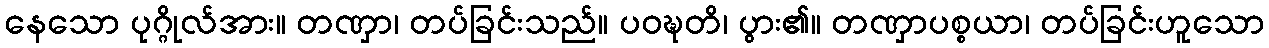
နေသော ပုဂ္ဂိုလ်အား။ တဏှာ၊ တပ်ခြင်းသည်။ ပဝဍ္ဎတိ၊ ပွား၏။ တဏှာပစ္စယာ၊ တပ်ခြင်းဟူသော